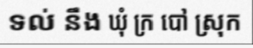
ទល់ នឹង ឃុំ ក្រ បៅ ស្រុក